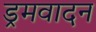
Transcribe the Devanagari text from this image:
ड्रमवादन